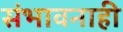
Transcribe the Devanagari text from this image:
संभावनाही